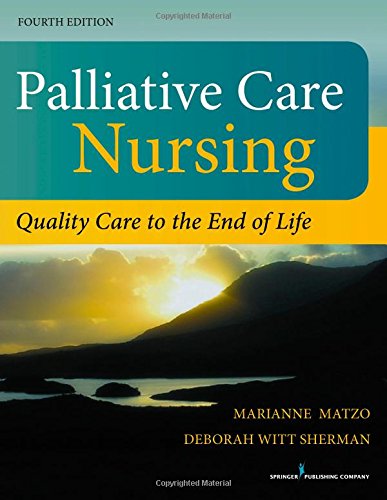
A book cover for Palliative Care Nursing, Fourth Edition: Quality Care to the End of Life; Self-Help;